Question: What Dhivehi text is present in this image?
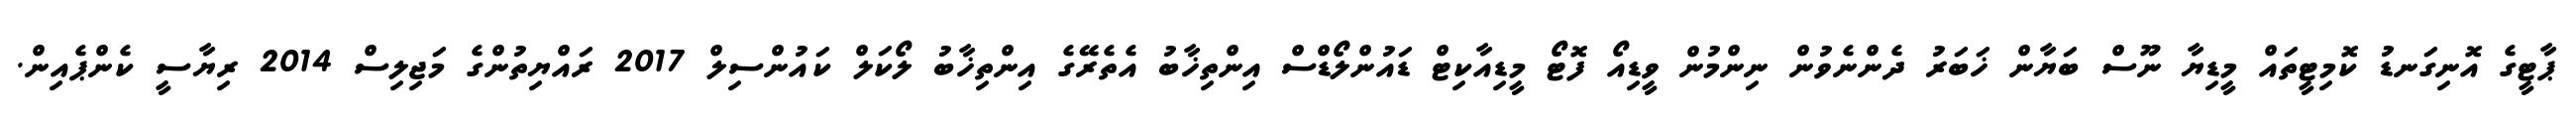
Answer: ޕާޓީގެ އޮނިގަނޑު ކޮމިޓީތައް މީޑިޔާ ނޫސް ބަޔާން ޚަބަރު ދެންނެވުން ނިންމުން ވީޑިއޯ ފޮޓޯ މީޑިއާކިޓް ޑައުންލޯޑްސް އިންތިޚާބު އެތެރޭގެ އިންތިޚާބު ލޯކަލް ކައުންސިލް 2017 ރައްޔިތުންގެ މަޖިލިސް 2014 ރިޔާސީ ކެންޕެއިން.